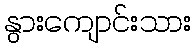
နွားကျောင်းသား